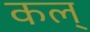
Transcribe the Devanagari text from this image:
कल्‌